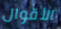
الأقوال